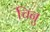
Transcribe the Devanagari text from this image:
चिनु